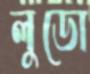
লুডো